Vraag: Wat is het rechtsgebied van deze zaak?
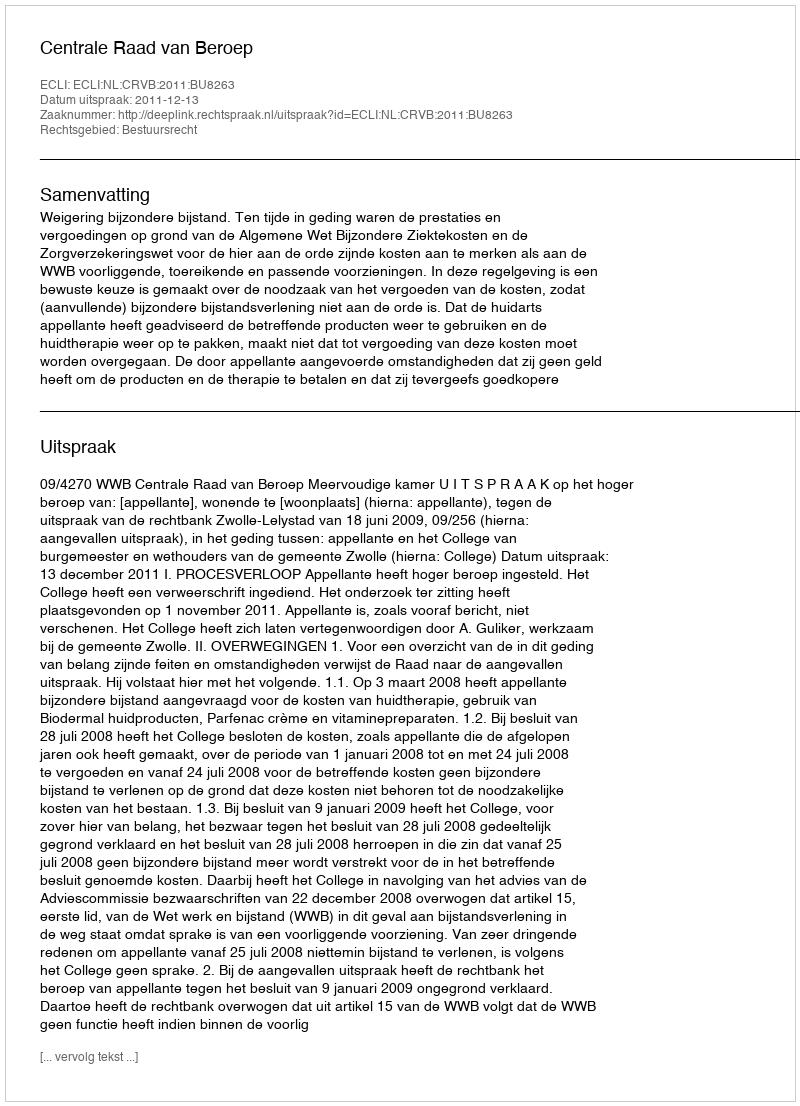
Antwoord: Bestuursrecht